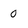
Character: 0